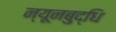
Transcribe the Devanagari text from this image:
न्यूनबुद्धि